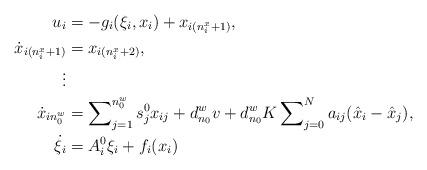
LaTeX: \begin{align*}u_i&=-g_i(\xi_i,x_i)+x_{i(n_i^x+1)},\\\dot{x}_{i(n_i^x+1)}&=x_{i(n_i^x+2)},\\\vdots\\\dot{x}_{in_0^w}&=\sum\nolimits_{j=1}^{n_0^w}s_j^0x_{ij}+d_{n_0}^wv+d_{n_0}^wK\sum\nolimits_{j=0}^{N}a_{ij}(\hat x_{i}-\hat x_j),\\\dot{\xi}_i&=A_i^0\xi_i+f_i(x_i)\end{align*}